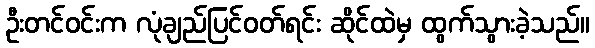
ဦးတင်ဝင်းက လုံချည်ပြင်ဝတ်ရင်း ဆိုင်ထဲမှ ထွက်သွားခဲ့သည်။